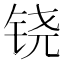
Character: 铙